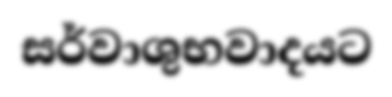
සර්වාශුභවාදයට